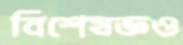
বিশেষজ্ঞও